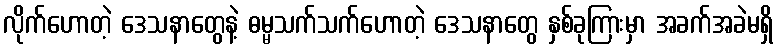
လိုက်ဟောတဲ့ ဒေသနာတွေနဲ့ ဓမ္မသက်သက်ဟောတဲ့ ဒေသနာတွေ နှစ်ခုကြားမှာ အခက်အခဲမရှိ